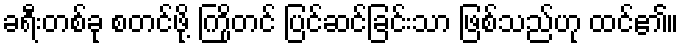
ခရီးတစ်ခု စတင်ဖို့ ကြိုတင် ပြင်ဆင်ခြင်းသာ ဖြစ်သည်ဟု ထင်၏။